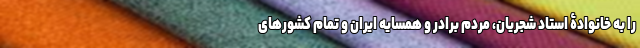
را به خانوادۀ استاد شجریان، مردم برادر و همسایه ایران و تمام کشورهای